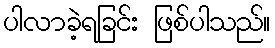
ပါလာခဲ့ရခြင်း ဖြစ်ပါသည်။